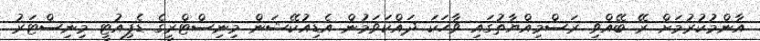
އާންމުކުރުމަށް ރޭ ބޭއްވި ރަސްމިއްޔާތުގައި ވާހަކަ ދައްކަވަމުން އެޑިއުކޭޝަން މިނިސްޓްރީގެ ޑެޕިއުޓީ މިނިސްޓަރު